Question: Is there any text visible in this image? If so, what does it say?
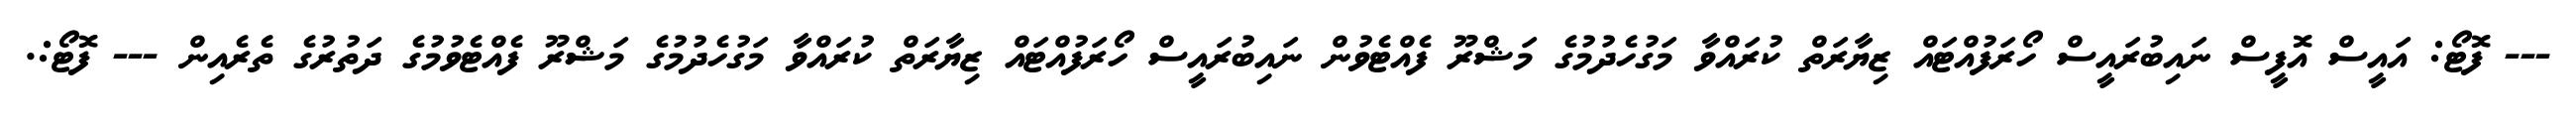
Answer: --- ފޮޓޯ: އައީސް އޮފީސް ނައިބުރައީސް ހޯރަފުއްޓައް ޒިޔާރަތް ކުރައްވާ މަގުހެދުމުގެ މަޝްރޫ ފެއްޓެވުން ނައިބުރައީސް ހޯރަފުއްޓައް ޒިޔާރަތް ކުރައްވާ މަގުހެދުމުގެ މަޝްރޫ ފެއްޓެވުމުގެ ދަތުރުގެ ތެރެއިން --- ފޮޓޯ:.